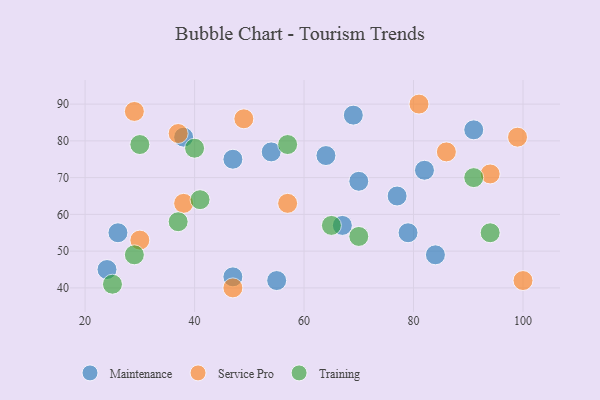
{"axis": {"x": "GDP", "y": "Life Expectancy"}, "legend": ["Maintenance", "Service Pro", "Training"], "data": [{"x": "24", "y": 45, "type": "Maintenance"}, {"x": "82", "y": 72, "type": "Maintenance"}, {"x": "77", "y": 65, "type": "Maintenance"}, {"x": "47", "y": 75, "type": "Maintenance"}, {"x": "69", "y": 87, "type": "Maintenance"}, {"x": "91", "y": 83, "type": "Maintenance"}, {"x": "64", "y": 76, "type": "Maintenance"}, {"x": "38", "y": 81, "type": "Maintenance"}, {"x": "47", "y": 43, "type": "Maintenance"}, {"x": "26", "y": 55, "type": "Maintenance"}, {"x": "70", "y": 69, "type": "Maintenance"}, {"x": "84", "y": 49, "type": "Maintenance"}, {"x": "55", "y": 42, "type": "Maintenance"}, {"x": "54", "y": 77, "type": "Maintenance"}, {"x": "79", "y": 55, "type": "Maintenance"}, {"x": "67", "y": 57, "type": "Maintenance"}, {"x": "47", "y": 40, "type": "Service Pro"}, {"x": "100", "y": 42, "type": "Service Pro"}, {"x": "29", "y": 88, "type": "Service Pro"}, {"x": "99", "y": 81, "type": "Service Pro"}, {"x": "94", "y": 71, "type": "Service Pro"}, {"x": "37", "y": 82, "type": "Service Pro"}, {"x": "49", "y": 86, "type": "Service Pro"}, {"x": "81", "y": 90, "type": "Service Pro"}, {"x": "86", "y": 77, "type": "Service Pro"}, {"x": "38", "y": 63, "type": "Service Pro"}, {"x": "30", "y": 53, "type": "Service Pro"}, {"x": "57", "y": 63, "type": "Service Pro"}, {"x": "30", "y": 79, "type": "Training"}, {"x": "94", "y": 55, "type": "Training"}, {"x": "70", "y": 54, "type": "Training"}, {"x": "91", "y": 70, "type": "Training"}, {"x": "40", "y": 78, "type": "Training"}, {"x": "57", "y": 79, "type": "Training"}, {"x": "65", "y": 57, "type": "Training"}, {"x": "37", "y": 58, "type": "Training"}, {"x": "29", "y": 49, "type": "Training"}, {"x": "25", "y": 41, "type": "Training"}, {"x": "41", "y": 64, "type": "Training"}]}